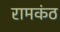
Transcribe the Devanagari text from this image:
रामकंठ